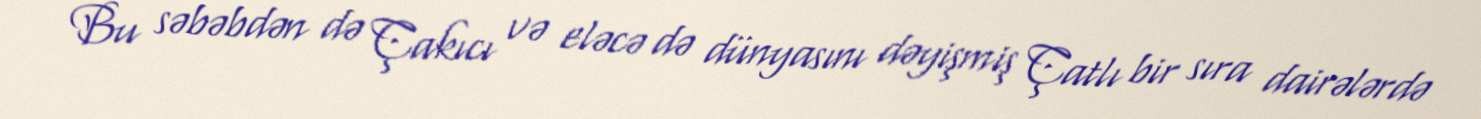
Bu səbəbdən də Çakıcı və eləcə də dünyasını dəyişmiş Çatlı bir sıra dairələrdə